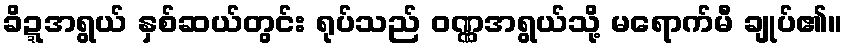
ခိဍ္ဍအရွယ် နှစ်ဆယ်တွင်း ရုပ်သည် ဝဏ္ဏအရွယ်သို့ မရောက်မီ ချုပ်၏။